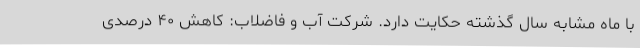
با ماه مشابه سال گذشته حکایت دارد. شرکت آب و فاضلاب: کاهش ۴۰ درصدی